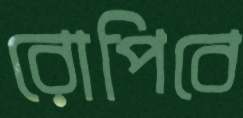
রোপিবে